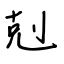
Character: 剋